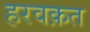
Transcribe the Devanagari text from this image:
हरवक़त